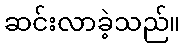
ဆင်းလာခဲ့သည်။